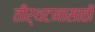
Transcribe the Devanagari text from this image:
तीर्थटनासाठी